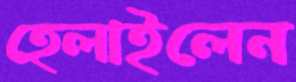
হেলাইলেন